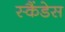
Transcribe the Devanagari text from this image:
स्कैंडेस